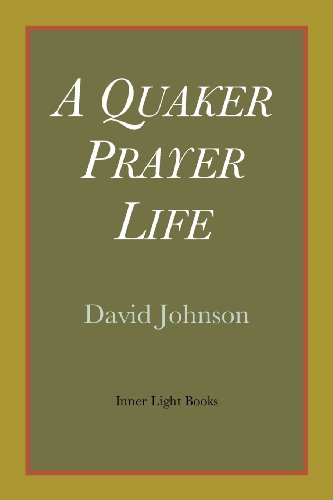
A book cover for A Quaker Prayer Life; David Johnson; Christian Books & Bibles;